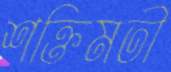
শক্তিমতী